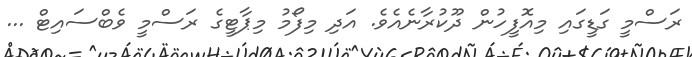
ރަސްމީ ގަޑީގައި މިއޮފީހުން ދޫކުރާނެއެވެ. އަދި މިފޯމު މިޕާޓީގެ ރަސްމީ ވެބްސައިޓް ...